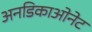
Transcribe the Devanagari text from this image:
अनडिकाओनेट